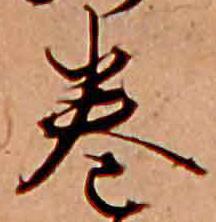
巻